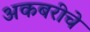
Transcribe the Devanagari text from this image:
अकबरीचे